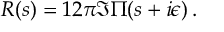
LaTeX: R ( s ) = 1 2 \pi \Im \Pi ( s + i \epsilon ) \, .